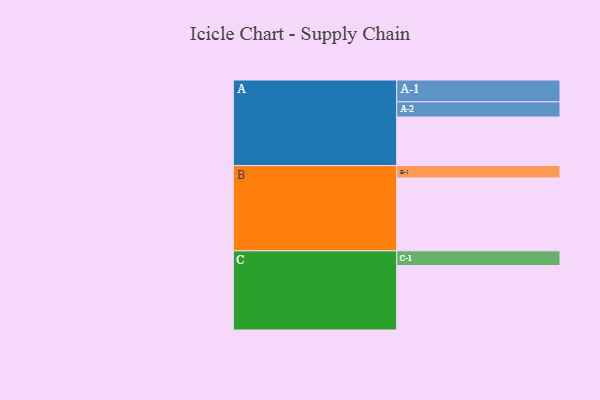
{"axis": {"x": "Segment", "y": "Value"}, "legend": ["", "A", "B", "C"], "data": [{"x": "A", "y": 389, "type": ""}, {"x": "B", "y": 585, "type": ""}, {"x": "C", "y": 517, "type": ""}, {"x": "A-1", "y": 175, "type": "A"}, {"x": "A-2", "y": 122, "type": "A"}, {"x": "B-1", "y": 99, "type": "B"}, {"x": "C-1", "y": 118, "type": "C"}]}